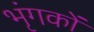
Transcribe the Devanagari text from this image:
भृंगकों